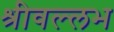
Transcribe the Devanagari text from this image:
श्रीवल्‍लभ